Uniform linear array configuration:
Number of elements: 12
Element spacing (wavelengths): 0.75
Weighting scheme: blackman
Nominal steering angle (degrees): -45
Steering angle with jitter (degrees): -44.965
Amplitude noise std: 0.05
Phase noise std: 0.05

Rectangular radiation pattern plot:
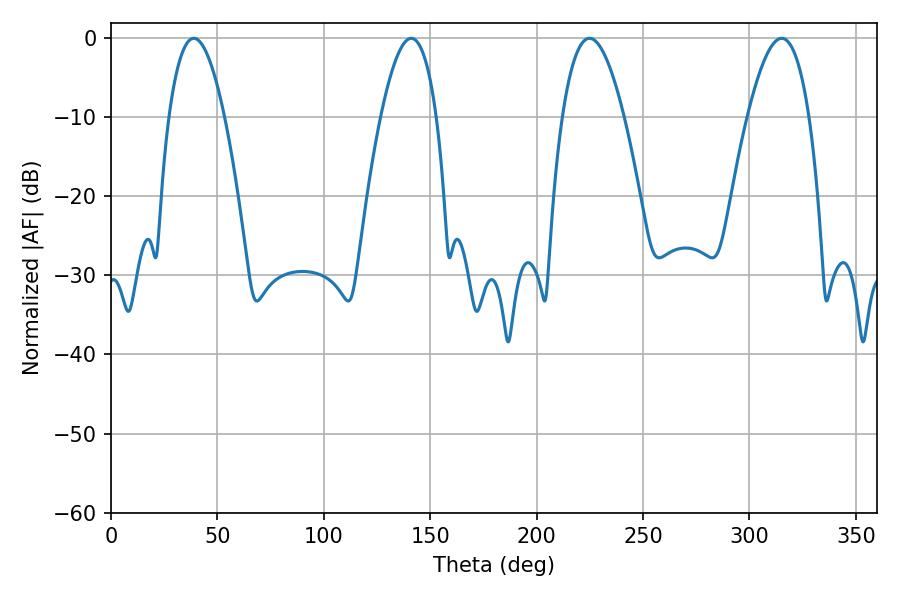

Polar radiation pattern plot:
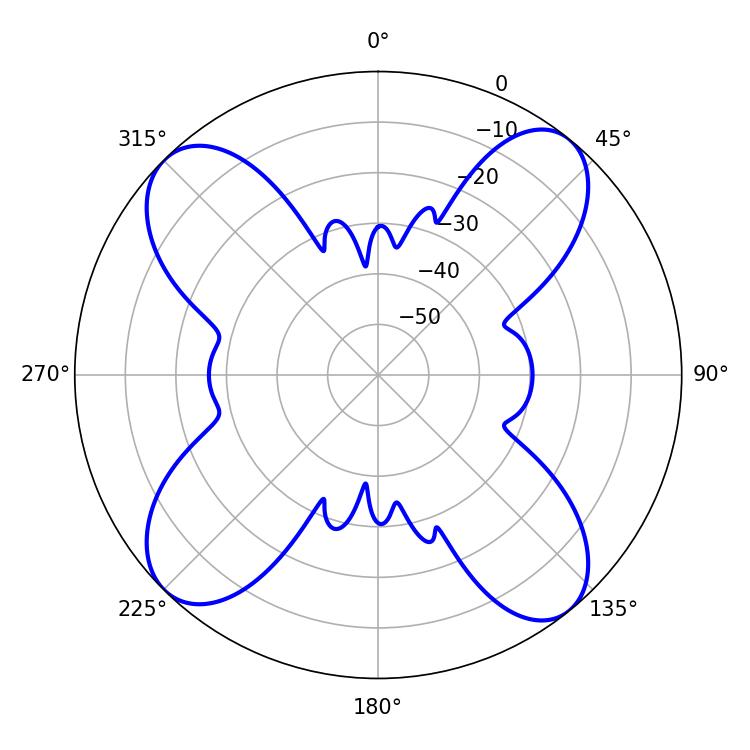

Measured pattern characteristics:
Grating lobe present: TRUE
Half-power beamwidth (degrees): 14.4
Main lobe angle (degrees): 38.88